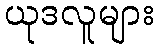
ယုဒလူများ